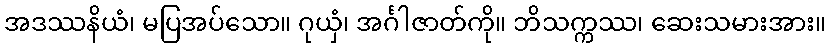
အဒဿနိယံ၊ မပြအပ်သော။ ဂုယှံ၊ အင်္ဂါဇာတ်ကို။ ဘိသက္ကဿ၊ ဆေးသမားအား။